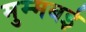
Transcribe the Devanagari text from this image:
मुम्मबई